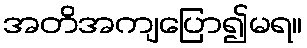
အတိအကျပြော၍မရ။